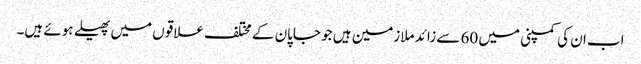
اب ان کی کمپنی میں 60 سے زائد ملازمین ہیں جو جاپان کے مختلف علاقوں میں پھیلے ہوئے ہیں۔